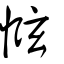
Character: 惤